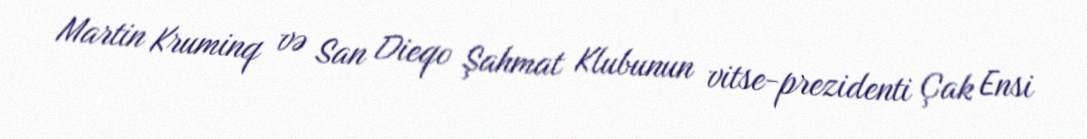
Martin Kruminq və San Dieqo Şahmat Klubunun vitse-prezidenti Çak Ensi